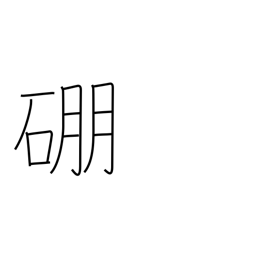
Meaning: boron